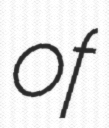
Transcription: of